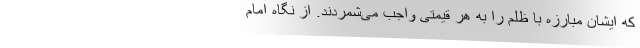
که ایشان مبارزه با ظلم را به هر قیمتی واجب می‌شمردند. از نگاه امام